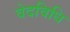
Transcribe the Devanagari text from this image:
वेदविधि